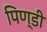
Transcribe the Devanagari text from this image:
पिण्डी